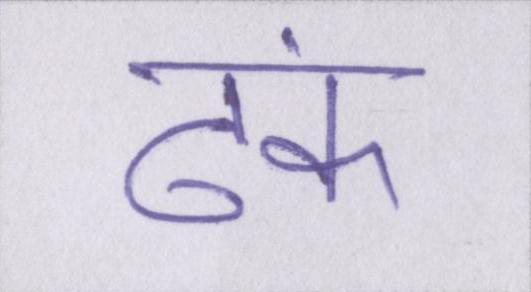
ढंक